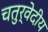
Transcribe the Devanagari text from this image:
चतुर्वेदीय